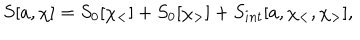
S [ a , \chi ] = S _ { 0 } [ \chi _ { < } ] + S _ { 0 } [ \chi _ { > } ] + S _ { i n t } [ a , \chi _ { < } , \chi _ { > } ] ,